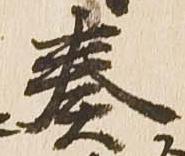
奏